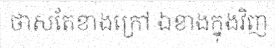
ថាសតែខាងក្រៅ ឯខាងក្នុងវិញ